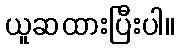
ယူဆထားပြီးပါ။